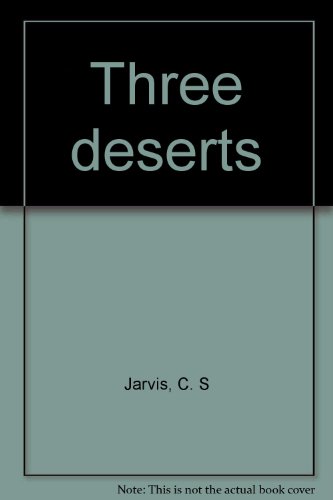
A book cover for Three deserts; C. S Jarvis; Travel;